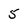
Character: 5